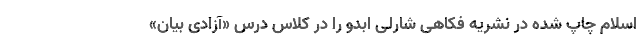
اسلام چاپ شده در نشریه فکاهی شارلی ابدو را در کلاس درس «آزادی بیان»